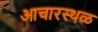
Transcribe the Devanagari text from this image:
आचारस्थळ